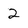
Character: 2